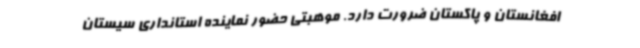
افغانستان و پاکستان ضرورت دارد. موهبتی حضور نماینده استانداری سیستان